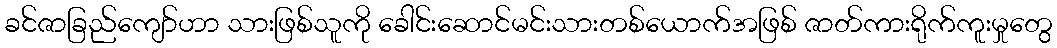
ခင်ဇာခြည်ကျော်ဟာ သားဖြစ်သူကို ခေါင်းဆောင်မင်းသားတစ်ယောက်အဖြစ် ဇာတ်ကားရိုက်ကူးမှုတွေ